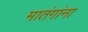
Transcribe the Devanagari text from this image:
मातंगांना